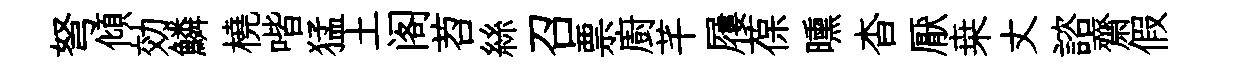
弩傾効鱗橈喈猛土阁苕絲召票廚芊屨葆曛杳厭桒丈諮齋假